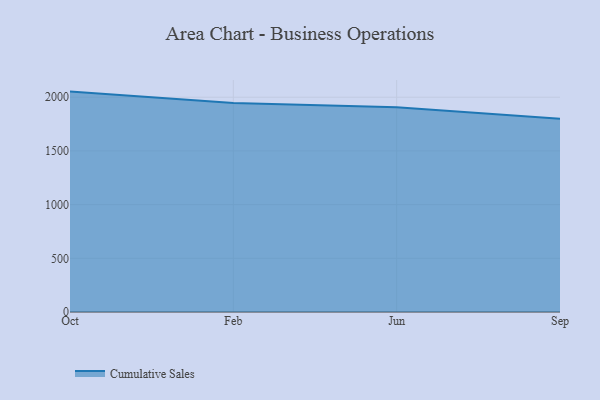
{"axis": {"x": "Month", "y": "Net Income (USD K)"}, "legend": ["Cumulative Sales"], "data": [{"x": "Oct", "y": 2052.5, "type": "Cumulative Sales"}, {"x": "Feb", "y": 1945.2, "type": "Cumulative Sales"}, {"x": "Jun", "y": 1906.2, "type": "Cumulative Sales"}, {"x": "Sep", "y": 1799.4, "type": "Cumulative Sales"}]}